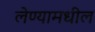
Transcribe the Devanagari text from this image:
लेण्यामधील